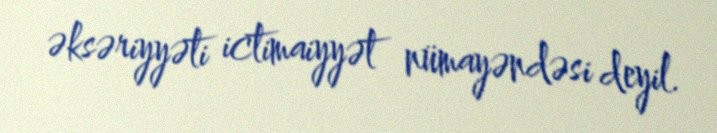
əksəriyyəti ictimaiyyət nümayəndəsi deyil.